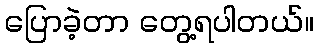
ပြောခဲ့တာ တွေ့ရပါတယ်။